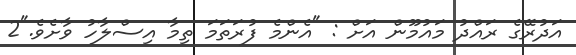
އަދުރޭގެ ރައްދު މައުމޫން އަށް : "އެންމެ ފުރަތަމަ ތިމާ އިސްލާހު ވާށެވެ."2